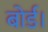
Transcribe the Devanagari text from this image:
बोर्ड।